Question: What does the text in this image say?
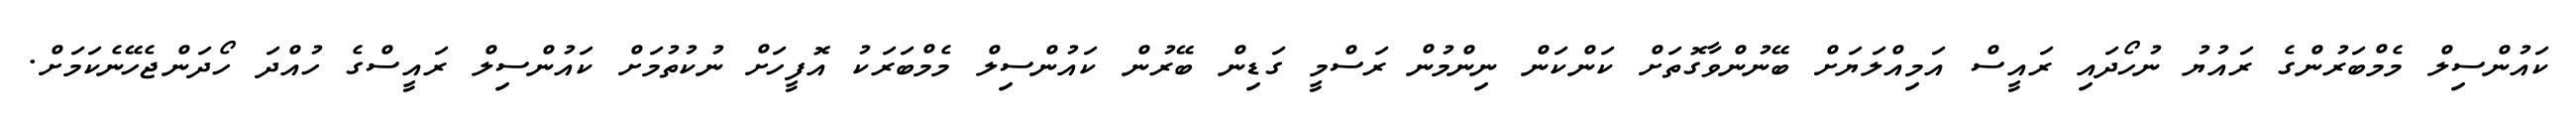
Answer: ކައުންސިލް މެމްބަރުންގެ ރައުޔު ނުހޯދައި ރައީސް އަމިއްލަޔަށް ބޭނުންވާގޮތަށް ކަންކަން ނިންމުން ރަސްމީ ގަޑިން ބޭރުން ކައުންސިލް މެމްބަރަކު އޮފީހަށް ނުކުތުމަށް ކައުންސިލް ރައީސްގެ ހުއްދަ ހޯދަންޖެހޭނެކަމަށް.